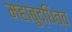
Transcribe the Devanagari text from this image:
महाबुद्धित्व